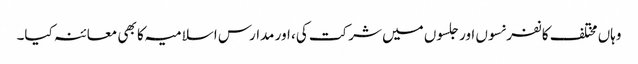
وہاں مختلف کانفرنسوں اور جلسوں میں شرکت کی، اور مدارس اسلامیہ کا بھی معائنہ کیا۔